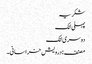
شکریہ
پہلی لنک
دوسری لنک
مصنف : درویش خراسانی۔